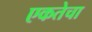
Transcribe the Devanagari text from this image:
एकतेचा